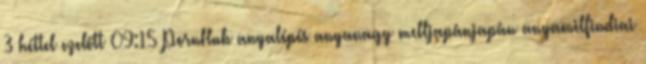
3 héttel ezelőtt 09:15 PornHub anyalépés anyanagy melljapánjapán anyamilfindiai